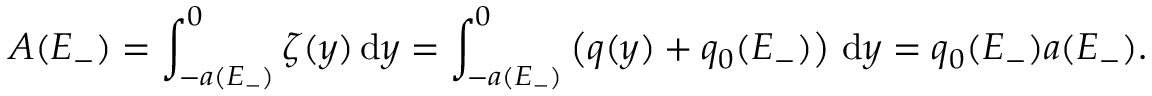
A ( E _ { - } ) = \int _ { - a ( E _ { - } ) } ^ { 0 } \zeta ( y ) \, \mathrm { d } y = \int _ { - a ( E _ { - } ) } ^ { 0 } \left( q ( y ) + q _ { 0 } ( E _ { - } ) \right) \, \mathrm { d } y = q _ { 0 } ( E _ { - } ) a ( E _ { - } ) .